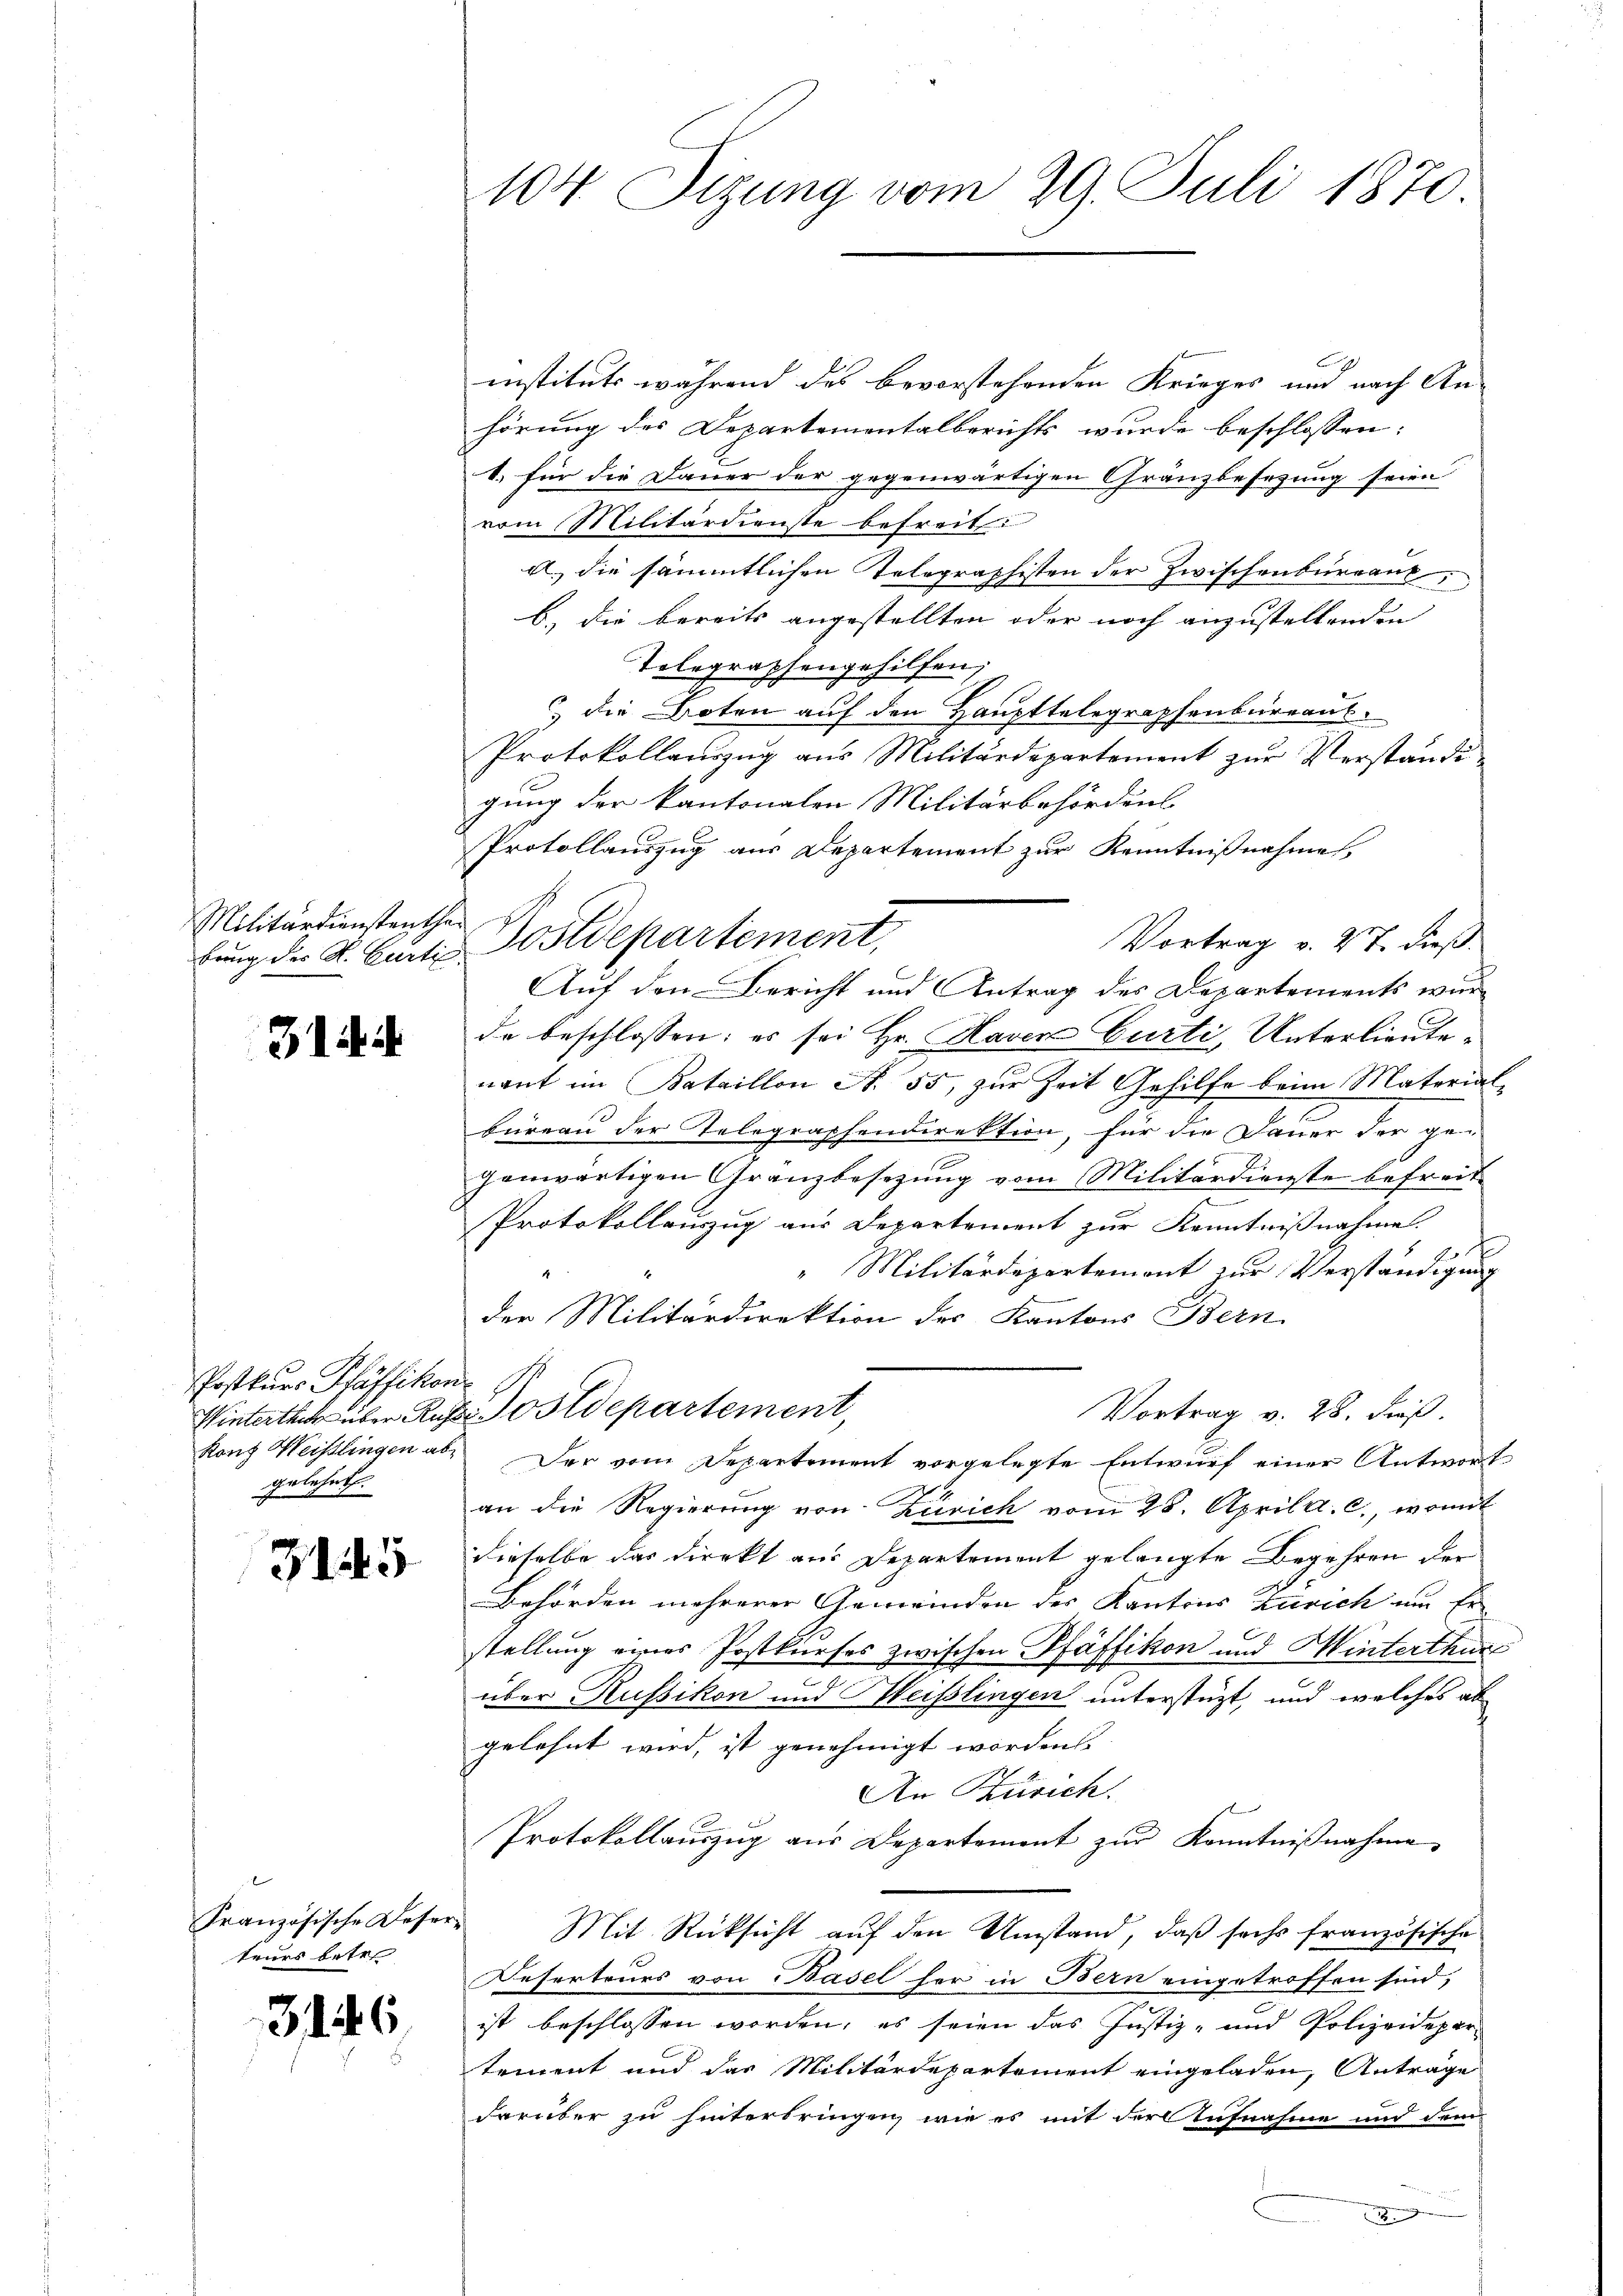
Militärdienstenthei

31

Postkurs Pfäffikon
gelehnt.

3145

l
teurs betr.

3146

instituts während des bevorstehenden Krieges und nach Anhörung des Departementalberichts wurde beschlossen:
1. für die Dauer der gegenwärtigen Gränzbesezung seien
vom Militärdienste befreit
a. die sämmtlichen Telegraphisten der Zwischenburgau,
b.) die bereits angestellten oder noch anzustellenden
Telegraphengehilfen;
 die Boten auf den Haupttelegraphenbureaus.
Protokollauszug aus Militärdepartement zŭr Verständigung der Kantonalen Militärbehördens
Protollauszug aus Departement zur Kenntnißnahme,
Vortrag v. 27. dieß.
Auf den Bericht und Antrag des Departements wur
da beschlossen; es sei Hr. Raven Curti, Unterlieutenant im Kataillon N. 55, zur Zeit Gehilfe beim Material-
büreau der Telegraphendirektion, für die Dauer der ge-
genwärtigen Gränzbesezung vom Militärdienste befreit
Protokollauszug aus Departement zur Kenntnisnahme. |

"Militärdepartement zur Verständigung
4
der Militärdirektion des Kantons Bern
Vortrag v. 28. dieß.
Winterthur über Rufs Postdepartement,
konz Weistlingen ab. Der vom Departement vorgelegte Entwurf einer Antwort
an die Regierung von Zürich vom 28. April a. c., womit
dieselbe das direkt aus Departement gelangte Begehren der
Behörden mehrerer Gemeinden des Kantons Zürich um Er
stellung eines Postkurses zwischen Pfäffikon und Hinterthur
über Russikon und Heißlingen unterstüzt, und welches ab
gelehnt wird, ist genehmigt worden.
An Zürich.
Protokollaŭszŭg aŭs Departement zŭr Kenntniβnahme
französische Deser Mit Rücksicht aŭf den Umstand, daβ sechs französische
Deserteurs von Basel her in Bern eingetroffen sind,
ist beschlossen worden, es seien das Justiz- und Polizeidepar-
tement und das Militärdepartement eingeladen, Antrage
darüber zu hinterbringen, wie es mit der Aufnahme und dem

104 Sizung vom 29. Juli 1870.

bŭng der K. Curti Postdepartement,